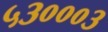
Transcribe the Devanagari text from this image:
५३०००३